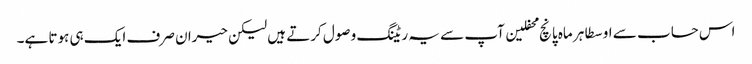
اس حساب سے اوسطا ہر ماہ پانچ محفلین آپ سے یہ ریٹنگ وصول کرتے ہیں لیکن حیران صرف ایک ہی ہوتا ہے۔